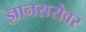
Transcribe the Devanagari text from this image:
ज्ञानसरोवर